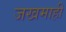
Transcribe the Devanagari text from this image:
जखमाही